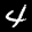
Label: 4